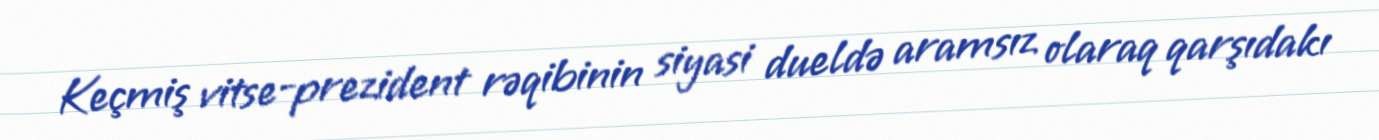
Keçmiş vitse-prezident rəqibinin siyasi dueldə aramsız olaraq qarşıdakı